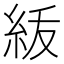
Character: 𥿈